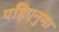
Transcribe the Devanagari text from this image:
पहिएनुमा